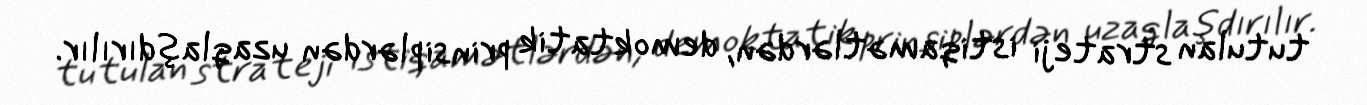
tutulan strateji istiqamətlərdən, demoktatik prinsiplərdən uzaqlaşdırılır.